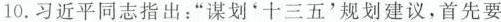
10.习近平同志指出：“谋划‘十三五’规划建议，首先要